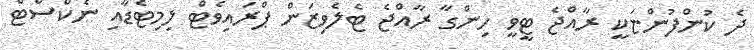
ދެ ކުންފުންޏަކީ ރާއްޖެ ޓީވީ ހިންގާ ރާއްޖެ ޓެލެވިޒަން ޕްރައިވެޓް ލިމިޓެޑާއި ނެކްސްޓް